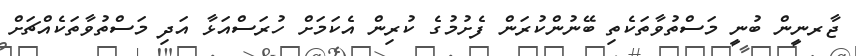
ޖާރނީން ބުނީ މަސްތުވާތަކެތި ބޭނުންކުރަން ފެށުމުގެ ކުރިން އެކަމަށް ހުރަސްއަޅާ އަދި މަސްތުވާތަކެއްޗަށް